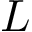
L